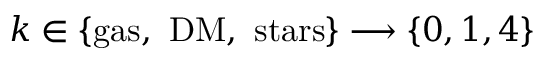
k \in \{ \mathrm { g a s , ~ D M , ~ s t a r s } \} \longrightarrow \{ 0 , 1 , 4 \}